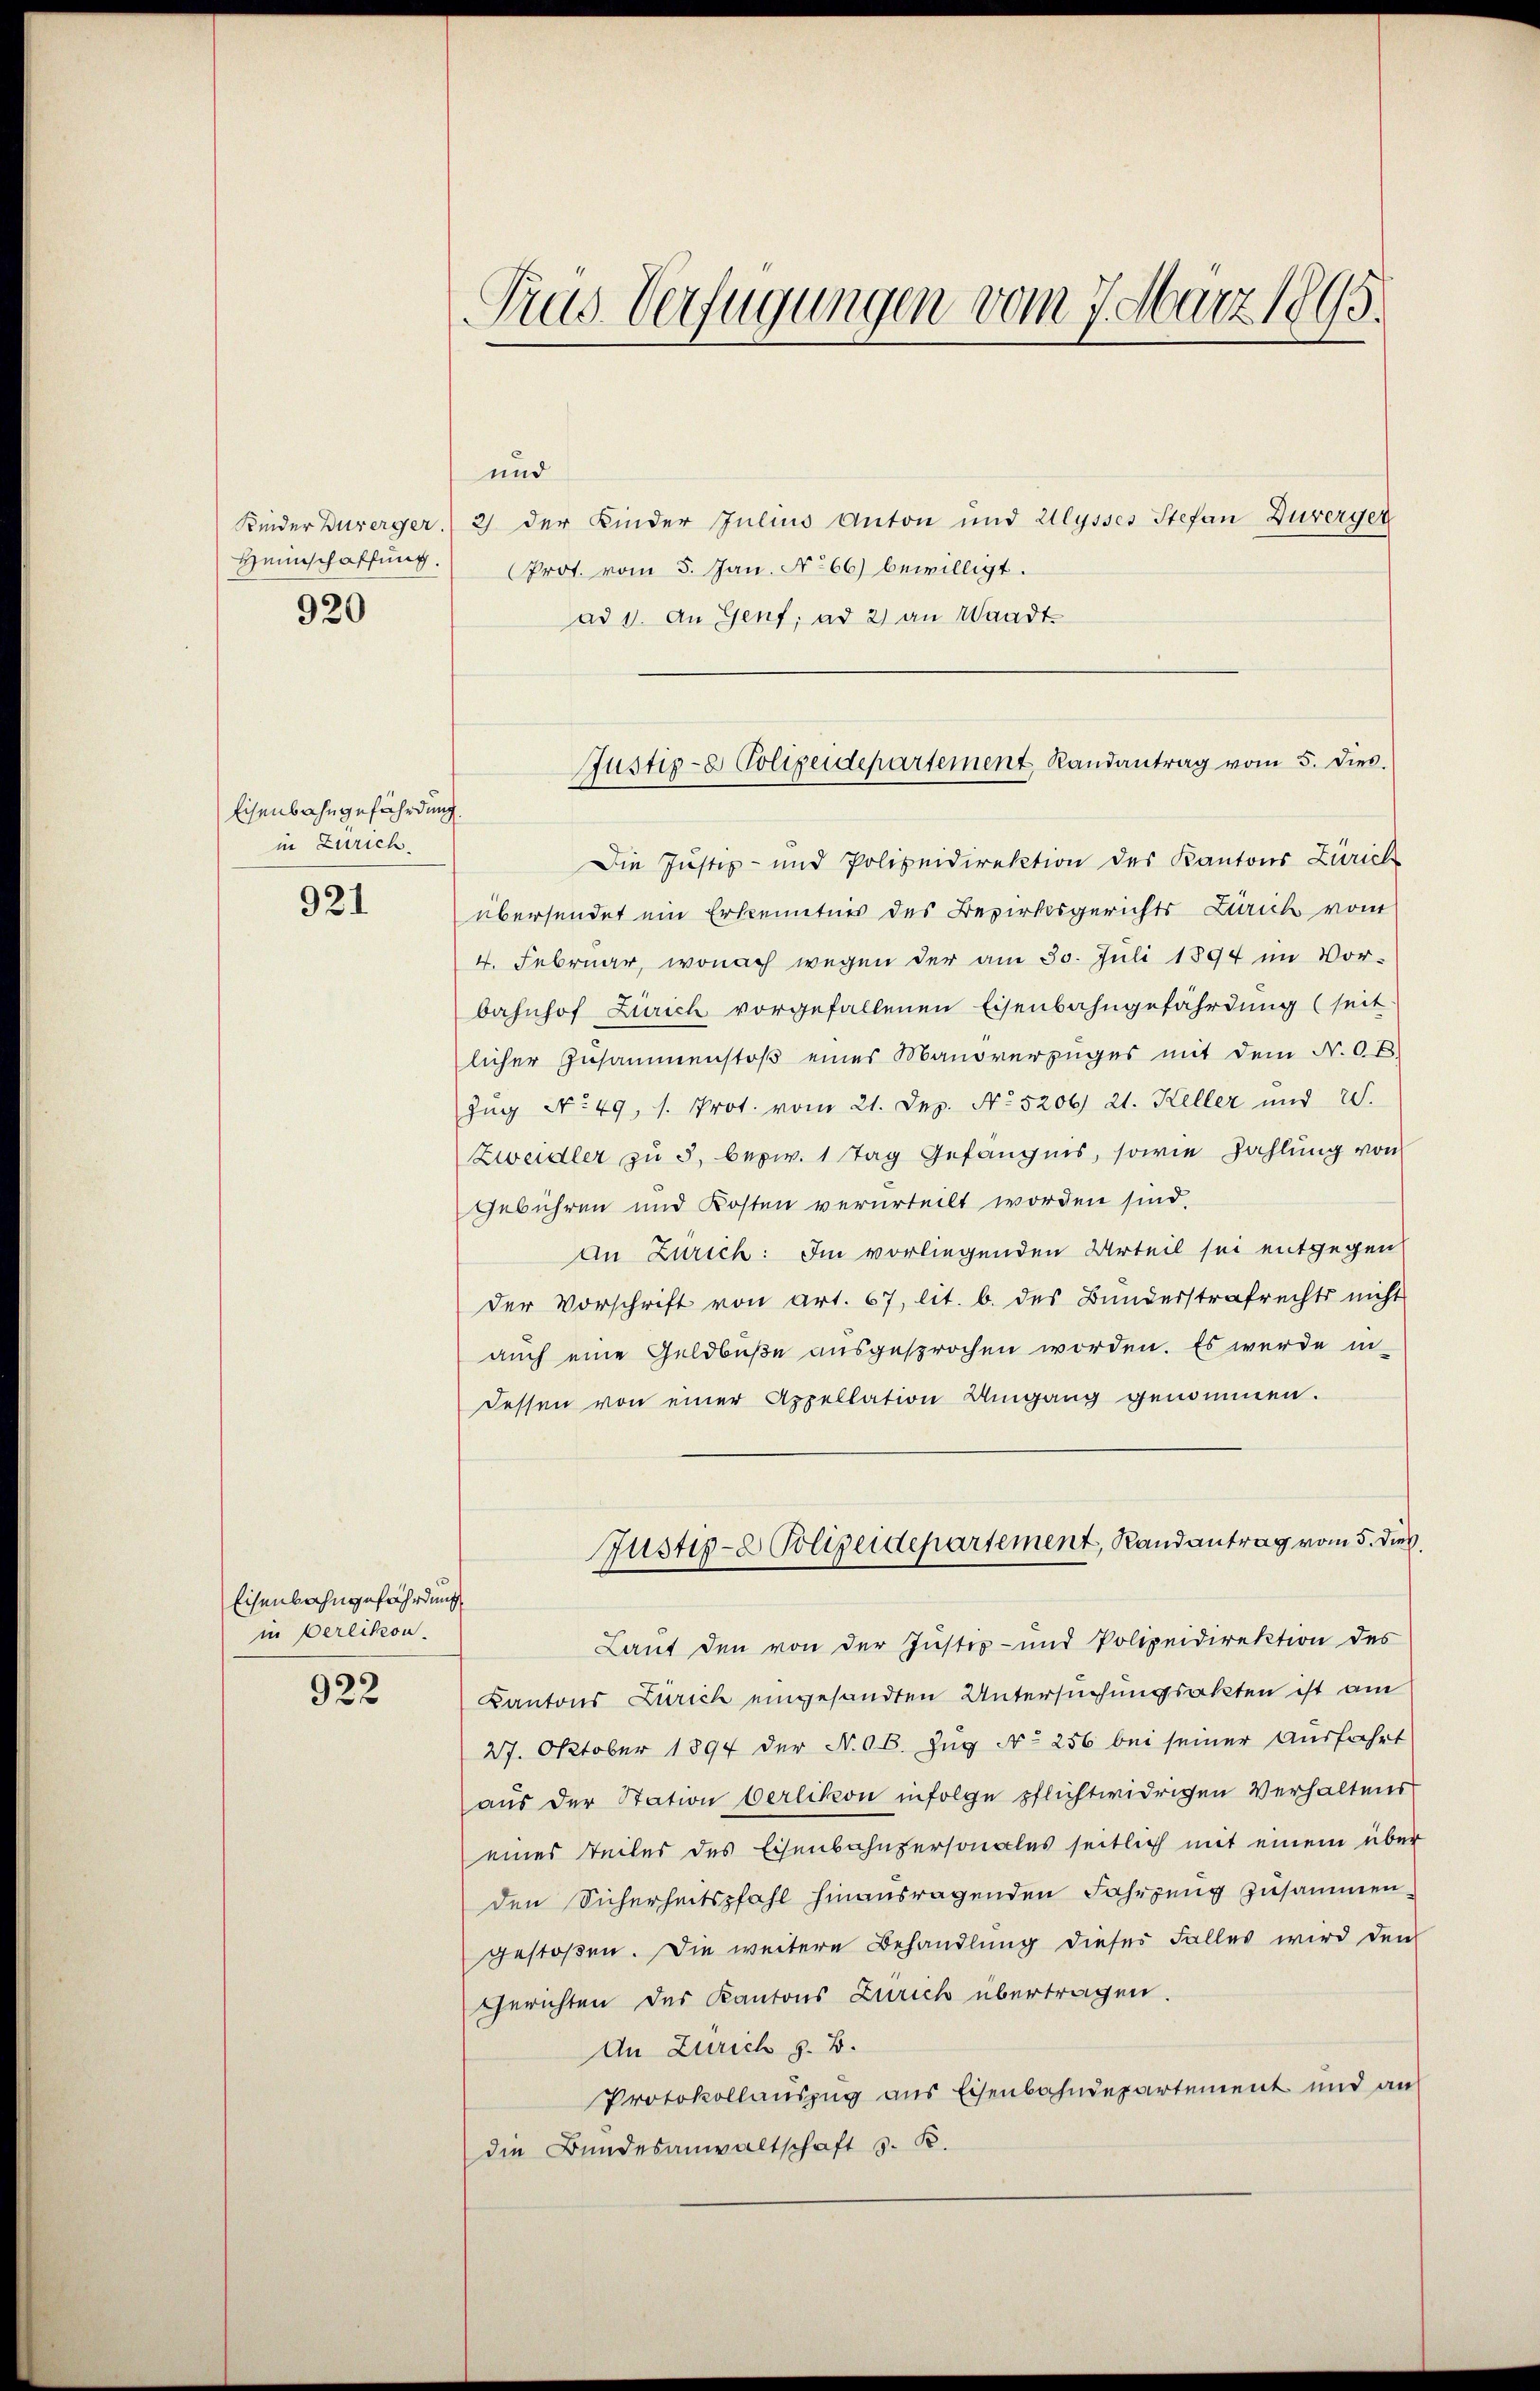
Heimschaffung.
920

Eisenbahngefährdung.
in Zürich

921

Eisenbahngefährdung
in Oerlikon.

922

und
Kinder Durerger, 2 der Kinder Julius Anton und Ulysses Stefan Zurerger
Prot. vom 5. Jan. No 66) bewilligt.
ad 1. an Genf; ad 2) an Waadt
Die Justiz- und Polizeidirektion des Kantons Zürich
übersendet ein Erkenntnis des Bezirksgerichts Zürich vom
4. Februar, wonach wegen der am 30. Juli 1894 im Vor-
bahnhof Zürich vorgefallenen Eisenbahngefährdung (seit
licher Zusammenstoß eines Manöverzuges mit dem N. Ot
Zug No 49, s. Prot. vom 21. Dez. No 5206. 21. Keller und 20.
Zweidler zu 5, bezw. 1 Tag Gefängnis, sowie Zahlung von
Gebühren und Kosten verurteilt worden sind.
an Zürich: Im vorliegenden Urteil sei entgegen
der Vorschrift von Art. 67, lit. b. des Bunderstrafrechts nicht
auch eine Geldbuße ausgesprochen worden. Es werde in
dessen von einer Appellation Umgang genommen.
Justiz- & Polizeidepartement, Randantrag vom 5. dies
Laut den von der Justiz- und Polizeidirektion des
Kantons Zürich eingesandten Untersuchungsakten ist am
27. Oktober 1894 der N. OB. Zug No 256 bei seiner Ausfahrt
aus der Station Oerlikon infolge pflichtwidrigen Verhaltens
eines teiles des Eisenbahnpersonales seitlich mit einem über
den Sicherheitspfahl hinausragenden Fahrzung zusammen,
gestoßen. Die weitere Behandlung dieses Falles wird den
Gerichten des Kantons Zürich übertragen.
An Zürich z. B.
Protokollauszug aus Eisenbahndepartement und an
die Bundesanwaltschaft S. R.

Trus Verfügungen vom 7. März 1895.

Justiz- & Polizeidepartement Randantrag vom 5. dies.